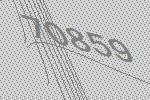
70859